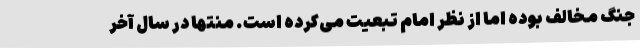
جنگ مخالف بوده اما از نظر امام تبعیت می‌کرده است. منتها در سال آخر